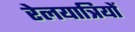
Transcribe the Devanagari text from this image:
रेलयात्रियों